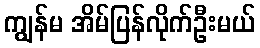
ကျွန်မ အိမ်ပြန်လိုက်ဦးမယ်